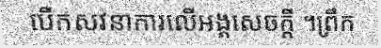
បើកសវនាការលើអង្គសេចក្តី ។ព្រឹក